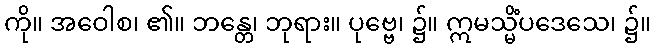
ကို။ အဝေါစ၊ ၏။ ဘန္တေ၊ ဘုရား။ ပုဗ္ဗေ၊ ၌။ ဣမသ္မိံပဒေသေ၊ ၌။